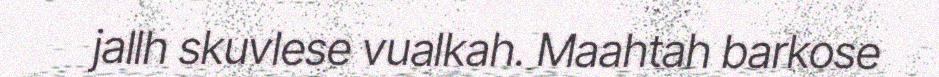
jallh skuvlese vualkah. Maahtah barkose